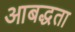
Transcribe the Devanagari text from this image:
आबद्धता